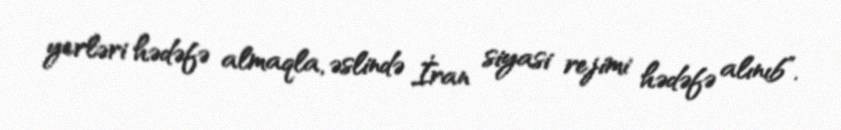
yerləri hədəfə almaqla, əslində İran siyasi rejimi hədəfə alınıb”.